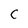
Character: C